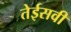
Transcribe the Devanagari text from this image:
तेईसवी